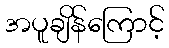
အပူချိန်ကြောင့်